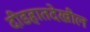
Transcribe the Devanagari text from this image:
दीडहातदेखील